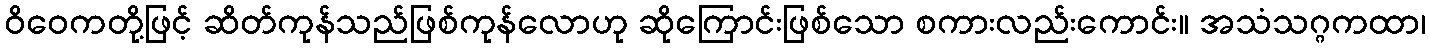
ဝိဝေကတို့ဖြင့် ဆိတ်ကုန်သည်ဖြစ်ကုန်လောဟု ဆိုကြောင်းဖြစ်သော စကားလည်းကောင်း။ အသံသဂ္ဂကထာ၊